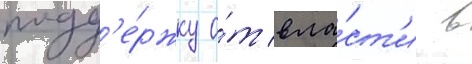
подд'е́ржку о́т вла́ст'и в